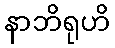
နာဘိရုဟိ